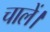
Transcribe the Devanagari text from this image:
चालें।